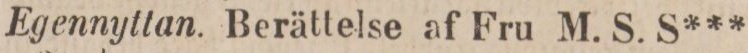
Egennyttan. Berättelse af Fru M. S. S***.,